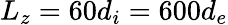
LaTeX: L_{z}=60d_{i}=600d_{e}